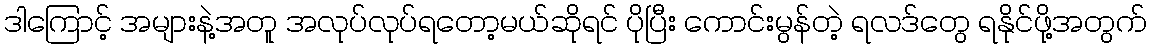
ဒါကြောင့် အများနဲ့အတူ အလုပ်လုပ်ရတော့မယ်ဆိုရင် ပိုပြီး ကောင်းမွန်တဲ့ ရလဒ်တွေ ရနိုင်ဖို့အတွက်